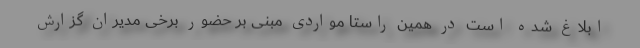
ابلاغ شده است در همین راستا مواردی مبنی بر حضور برخی مدیران گزارش